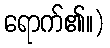
ရောက်၏။)